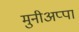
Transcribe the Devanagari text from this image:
मुनीअप्पा